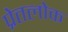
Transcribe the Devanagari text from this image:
प्रेतलोक